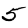
Digit: 5